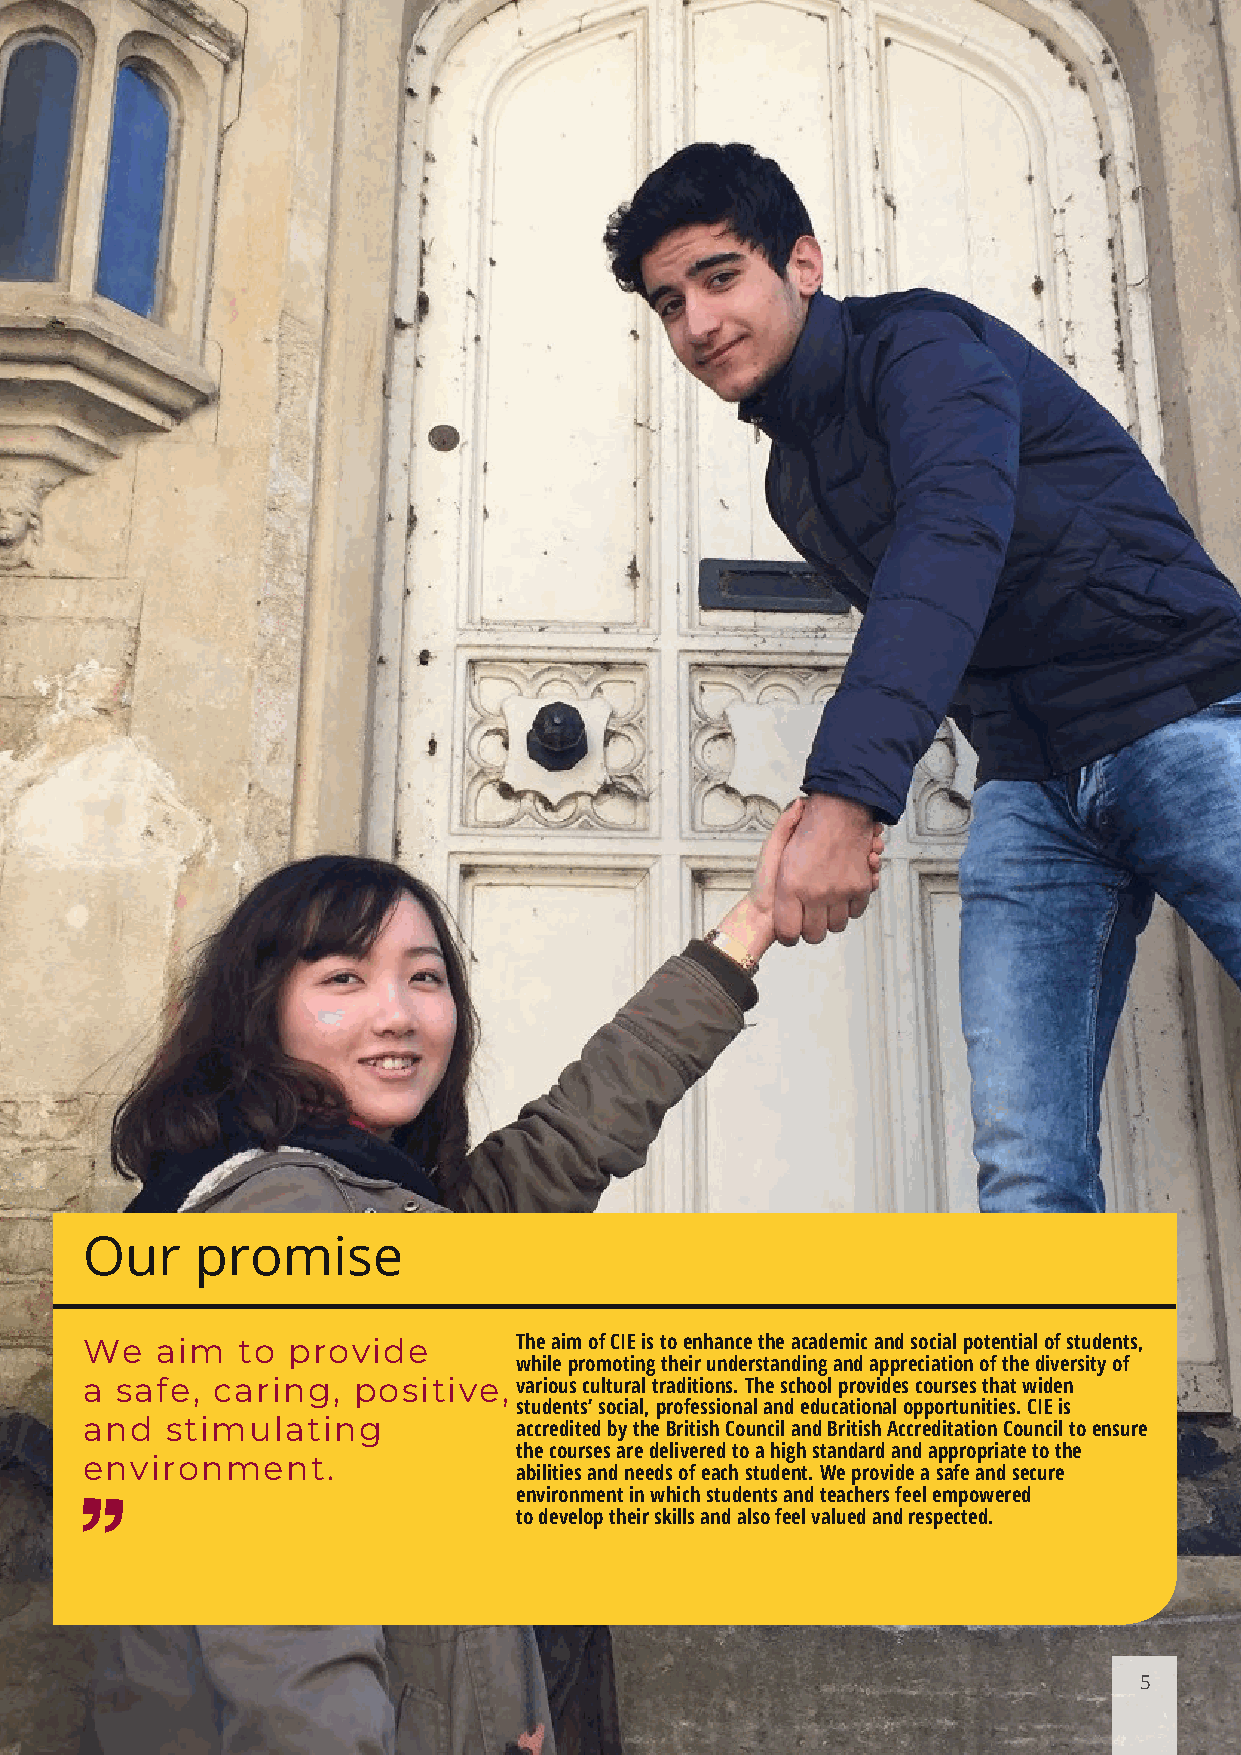
Our     promise
 We   aim   to provide        The aim of CIE is to enhance the academic and social potential of students,
 while promoting their understanding and appreciation of the diversity of
 a  safe, caring,  positive,  various cultural traditions. The school provides courses that widen
 students’ social, professional and educational opportunities. CIE is
 and   stimulating            accredited by the British Council and British Accreditation Council to ensure
 the courses are delivered to a high standard and appropriate to the
 environment.
 abilities and needs of each student. We provide a safe and secure
 environment in which students and teachers feel empowered
 to develop their skills and also feel valued and respected.
 5